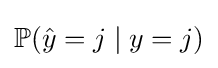
\mathbb {P} ({\hat {y}}=j\mid y=j)